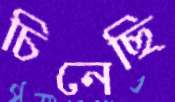
চিনেছি